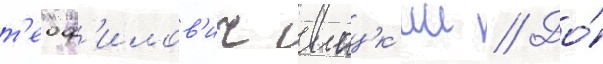
т'еоф'илов'ич шацк'ии // До́